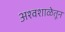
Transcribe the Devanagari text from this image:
अश्वशाळेतून